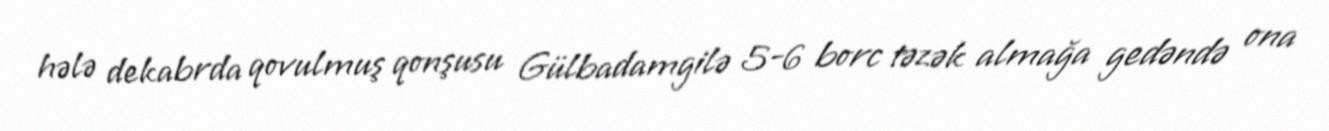
hələ dekabrda qovulmuş qonşusu Gülbadamgilə 5-6 borc təzək almağa gedəndə ona